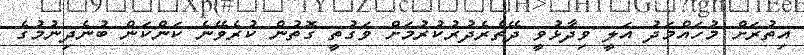
އިތުރަށް މުހައްމަދު އަލީ ވިދާޅުވީ ދޭތެރެދުރުކުރުމަށް ވަގުތީ ގޮތުން ކުރެވޭނެ ކަންކަން ބުނެދިނުމުގެ